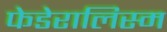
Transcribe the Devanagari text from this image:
फेडेरालिस्म